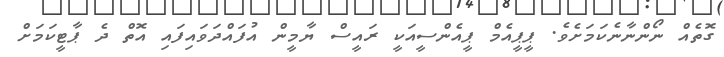
ގޮތެއް ނޯންނާނެކަމަށެވެ. ޕީޕީއެމް ޕީއެންސީއަކީ ރައީސް ޔާމީން އުފައްދަވައިފައި އޮތް ދެ ޕާޓީކަމަަށް